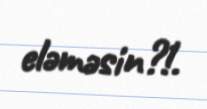
eləməsin?!.